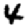
Digit: 4